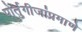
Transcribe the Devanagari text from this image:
पोर्तुगीजांप्रमाणे